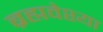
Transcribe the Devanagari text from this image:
ब्रह्मवेश्या